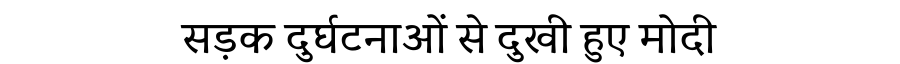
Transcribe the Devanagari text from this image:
सड़क दुर्घटनाओं से दुखी हुए मोदी